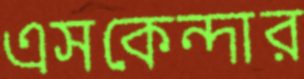
এসকেন্দার